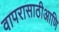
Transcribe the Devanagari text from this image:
वापरासाठीआणि